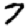
Digit: 7